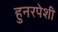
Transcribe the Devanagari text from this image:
हुनरपेशी